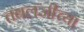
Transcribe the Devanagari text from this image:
तबलजीच्या